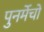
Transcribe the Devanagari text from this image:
पुनर्मेचों